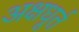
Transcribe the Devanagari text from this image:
अक्षधूर्त